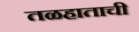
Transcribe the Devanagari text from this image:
तळहाताची